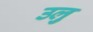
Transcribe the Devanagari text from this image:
उलु